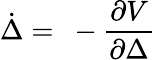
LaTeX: \dot{\Delta}=~-\frac{\partial V}{\partial\Delta}